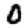
Digit: 0